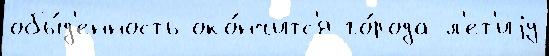
обы́д'енность око́нчитс'я го́рода л'ет'иjу